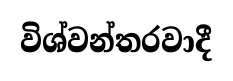
විශ්වන්තරවාදී